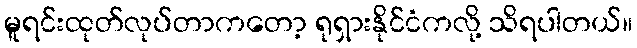
မူရင်းထုတ်လုပ်တာကတော့ ရုရှားနိုင်ငံကလို့ သိရပါတယ်။